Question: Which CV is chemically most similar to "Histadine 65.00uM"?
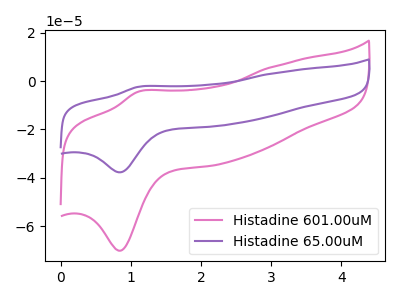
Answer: <think>The pink curve "Histadine 601.00uM" has an anodic peak at (1.10V, -4.40uA) and a cathodic peak at (0.85V, -70.25uA). The purple curve "Histadine 65.00uM" has an anodic peak at (1.10V, -2.35uA) and a cathodic peak at (0.85V, -37.75uA).
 All the peaks in "Histadine 601.00uM" have a peak in "Histadine 65.00uM" at the same potential.</think>
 <answer>The CV with the most similar shape to "Histadine 601.00uM" is "Histadine 65.00uM".</answer>
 <eval>"Histadine 65.00uM"</eval>